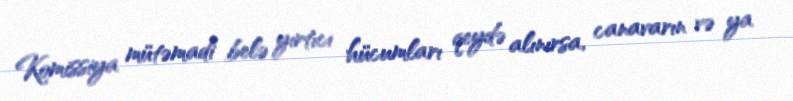
Komissiya mütəmadi belə yırtıcı hücumları qeydə alınırsa, canavarın və ya